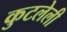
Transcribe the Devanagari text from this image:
कुटलेली